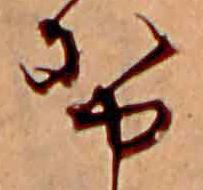
勢